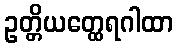
ဥတ္တိယတ္ထေရဂါထာ